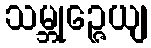
သမ္ဘုဉ္ဇေယျ